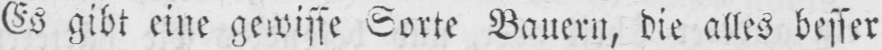
Es gibt eine gewisse Sorte Bauern, die alles besser